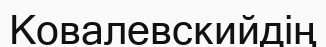
Ковалевскийдің